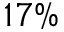
1 7 \%